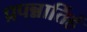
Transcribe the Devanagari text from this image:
प्रपन्नार्तिहं